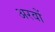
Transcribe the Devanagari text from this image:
अरवों